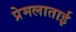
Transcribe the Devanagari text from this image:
प्रेमलाताई